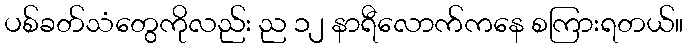
ပစ်ခတ်သံတွေကိုလည်း ည ၁၂ နာရီလောက်ကနေ စကြားရတယ်။